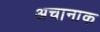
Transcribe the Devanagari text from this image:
अचानाक